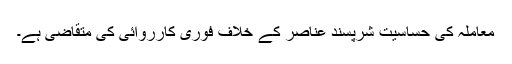
معاملہ کی حساسیت شرپسند عناصر کے خلاف فوری کارروائی کی متقاضی ہے۔